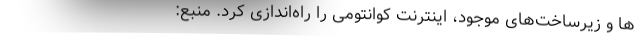
ها و زیرساخت‌های موجود، اینترنت کوانتومی را راه‌اندازی کرد. منبع: